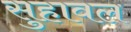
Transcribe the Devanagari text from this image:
सुहावल